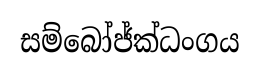
සම්බෝජ්ක්ධංගය